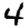
Digit: 4